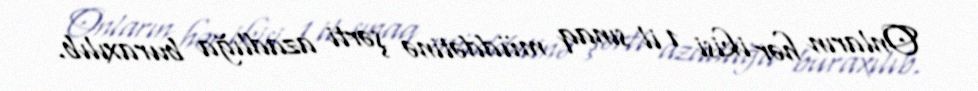
Onların hər ikisi 1 il sınaq müddətinə şərti azadlığa buraxılıb.